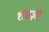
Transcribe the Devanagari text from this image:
शबज़ी